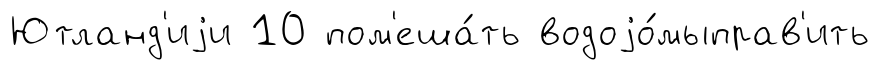
Ютланд'иjи 10 пом'еша́ть водоjо́мыправ'ить